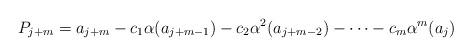
LaTeX: \begin{align*}P_{j+m} = a_{j+m} - c_1\alpha(a_{j+m-1}) - c_2\alpha^2(a_{j+m-2}) - \dots - c_m\alpha^m(a_j)\end{align*}